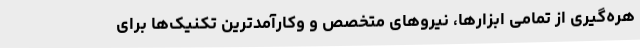
هره‌گیری از تمامی ابزارها، نیروهای متخصص و وکارآمدترین تکنیک‌ها برای